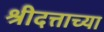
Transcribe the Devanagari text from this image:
श्रीदत्ताच्या